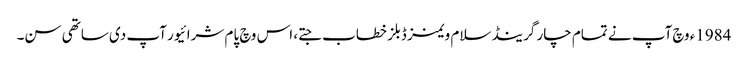
1984ء وچ آپ نے تمام چار گرینڈ سلام ویمنز ڈبلز خطاب جتے، اس وچ پام شرائیور آپ د‏‏ی ساتھی سن۔